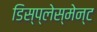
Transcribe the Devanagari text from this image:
डिस्प्लेस्मेन्ट